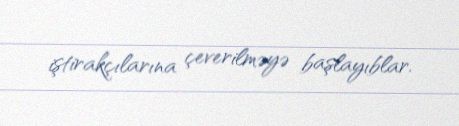
iştirakçılarına çeverilməyə başlayıblar.